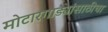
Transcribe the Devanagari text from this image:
मोटारगाड्यांसाठीचा